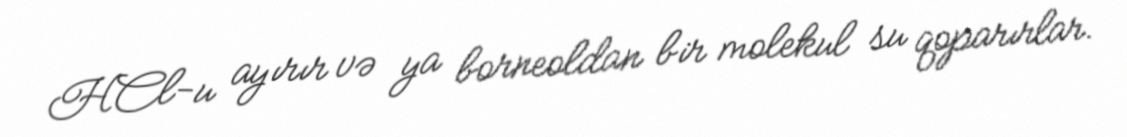
HCl-u ayırır və ya borneoldan bir molekul su qoparırlar.